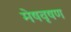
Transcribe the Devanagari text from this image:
मेषवृषण